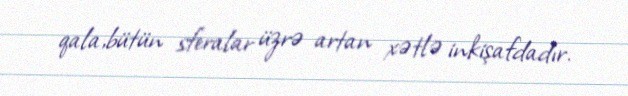
qala,bütün sferalar üzrə artan xətlə inkişafdadır.